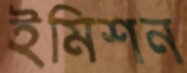
ইমিশন